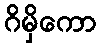
ဂိမှိကော